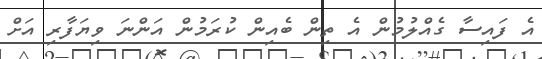
އެ ފައިސާ ގެއްލުމުން އެ ތިން ބެއިން ކުރަމުން އަންނަ ވިޔަފާރި އަށް